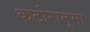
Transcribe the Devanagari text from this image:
कटोरानुमा